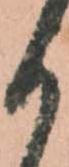
か